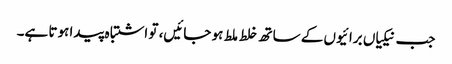
جب نیکیاں برائیوں کے ساتھ خلط ملط ہو جائیں، تو اشتباہ پیدا ہوتا ہے۔